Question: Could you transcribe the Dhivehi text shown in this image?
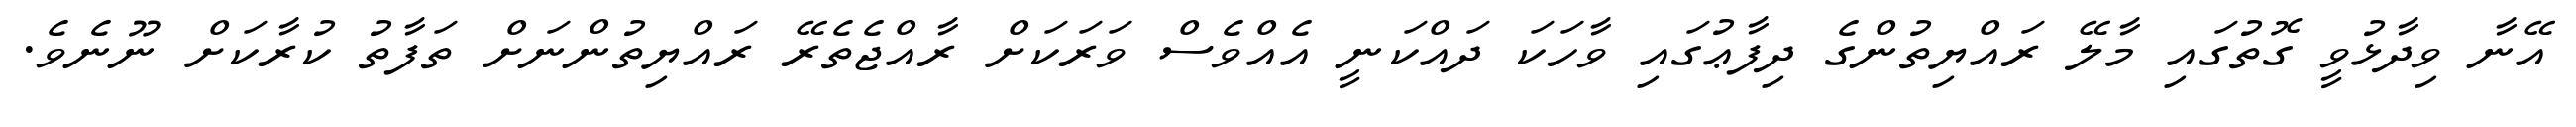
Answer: އޭނާ ވިދާޅުވީ ގޮތުގައި މާލޭ ރައްޔިތުންގެ ދިފާޢުގައި ވާހަކަ ދައްކަނީ އެއްވެސް ވަރަކަށް ރާއްޖެތެރޭ ރައްޔިތުންނަށް ތަފާތު ކުރާކަށް ނޫނެވެ.